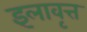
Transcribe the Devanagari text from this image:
इलावृत्त